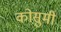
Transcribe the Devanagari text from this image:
कोसुमी